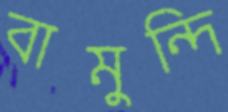
বামুন্দি